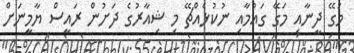
މަގޭ ދީނާއި މަގޭ ގައުމާއި ނުކުޅެއްޗޭ މި ޝިއާރުގެ ދަށުން ރައީސް ޔާމީނަށް